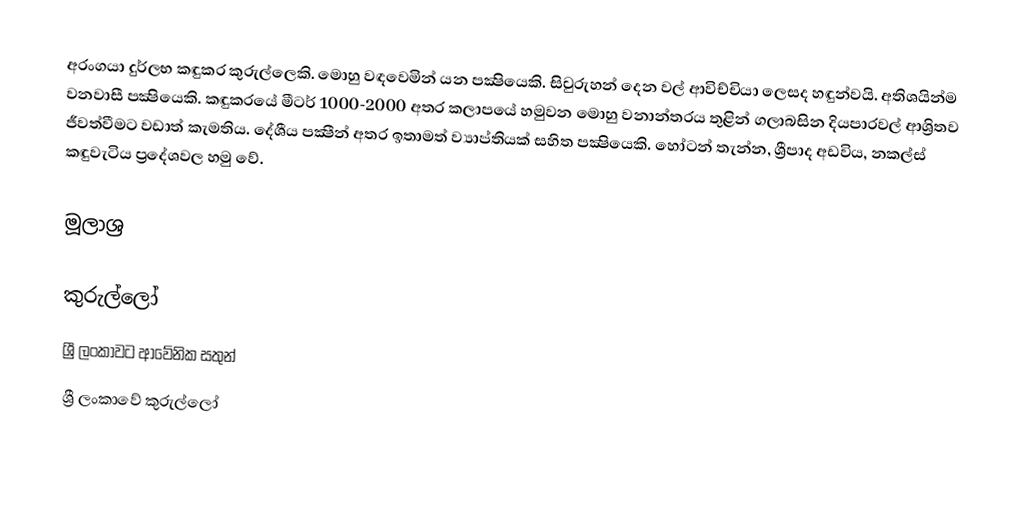
අරංගයා දුර්ලභ කඳුකර කුරුල්ලෙකි. මොහු වඳවෙමින් යන පක්‍ෂියෙකි. සිවුරුහන් දෙන වල් ආවිච්චියා ලෙසද හඳුන්වයි. අතිශයින්ම වනවාසී පක්‍ෂියෙකි. කඳුකරයේ මීටර් 1000-2000 අතර කලාපයේ හමුවන මොහු වනාන්තරය තුළින් ගලාබසින දියපාරවල් ආශ්‍රිතව ජීවත්වීමට වඩාත් කැමතිය. දේශීය පක්‍ෂීන් අතර ඉතාමත් ව්‍යාප්තියක් සහිත පක්‍ෂියෙකි. හෝටන් තැන්න, ශ්‍රීපාද අඩවිය, නකල්ස් කඳුවැටිය ප්‍රදේශවල හමු වේ.

මූලාශ්‍ර

කුරුල්ලෝ
ශ්‍රී ලංකා‍වට ආවේනික සතුන්
ශ්‍රී ලංකාවේ කුරුල්ලෝ